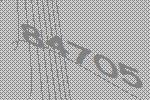
84705